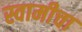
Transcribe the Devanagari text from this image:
स्वामीचा